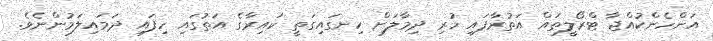
އަންހެންކުއްޖާ ޓްރޯލީތައް އަތުރާފައި ހުރި ދިމާލަށް ހިނގައިގަތީ ކައިރާގެ އަތުގައި ހިފައި ދަމައިލަމުންނެވެ.